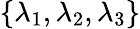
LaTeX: \{ \lambda_{1},\lambda_{2},\lambda_{3}\}